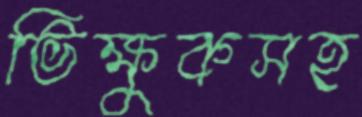
ভিক্ষুকসহ